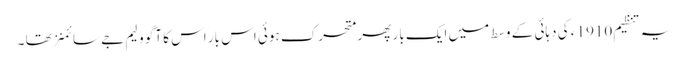
یہ تنظیم 1910 ء کی دہائی کے وسط میں ایک بار پھر متحرک ہوئی اس بار اس کا آگو ولیم جے سائمنز تھا ۔